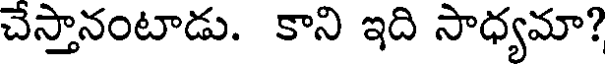
చేస్తానంటాడు. కాని ఇది సాధ్యమా?